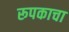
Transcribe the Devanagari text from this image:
रूपकाचा